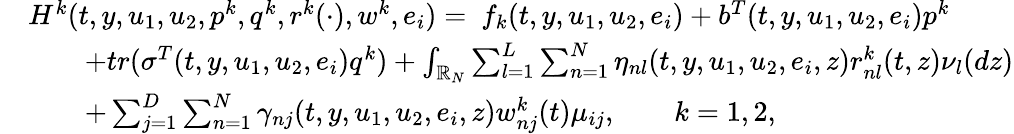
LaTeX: \begin{array}{rl}&{H^{k}(t,y,u_{1},u_{2},p^{k},q^{k},r^{k}(\cdot),w^{k},e_{i})=\ f_{k}(t,y,u_{1},u_{2},e_{i})+b^{T}(t,y,u_{1},u_{2},e_{i})p^{k}}\\ &{\qquad+tr(\sigma^{T}(t,y,u_{1},u_{2},e_{i})q^{k})+\int_{\mathbb{R}_{N}}\sum_{l=1}^{L}\sum_{n=1}^{N}\eta_{nl}(t,y,u_{1},u_{2},e_{i},z)r_{nl}^{k}(t,z)\nu_{l}(dz)}\\ &{\qquad+\sum_{j=1}^{D}\sum_{n=1}^{N}\gamma_{nj}(t,y,u_{1},u_{2},e_{i},z)w_{nj}^{k}(t)\mu_{ij},\qquad k=1,2,}\end{array}